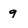
Character: g